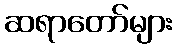
ဆရာတော်များ